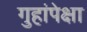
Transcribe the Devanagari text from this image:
गुहांपेक्षा